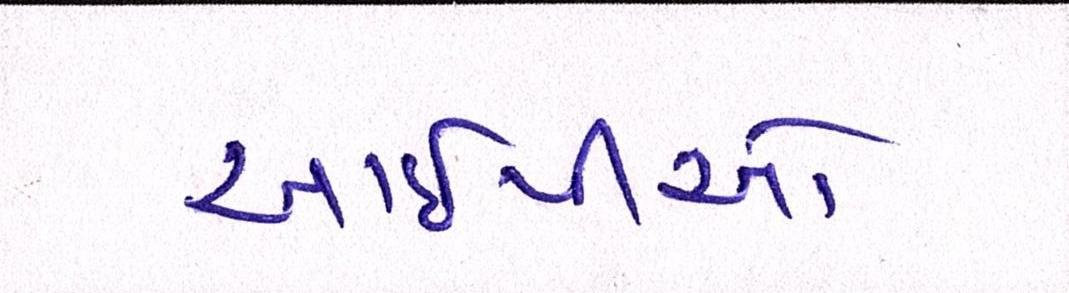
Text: આઈપીઓ